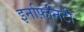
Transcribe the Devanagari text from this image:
इनफ़िनिटी